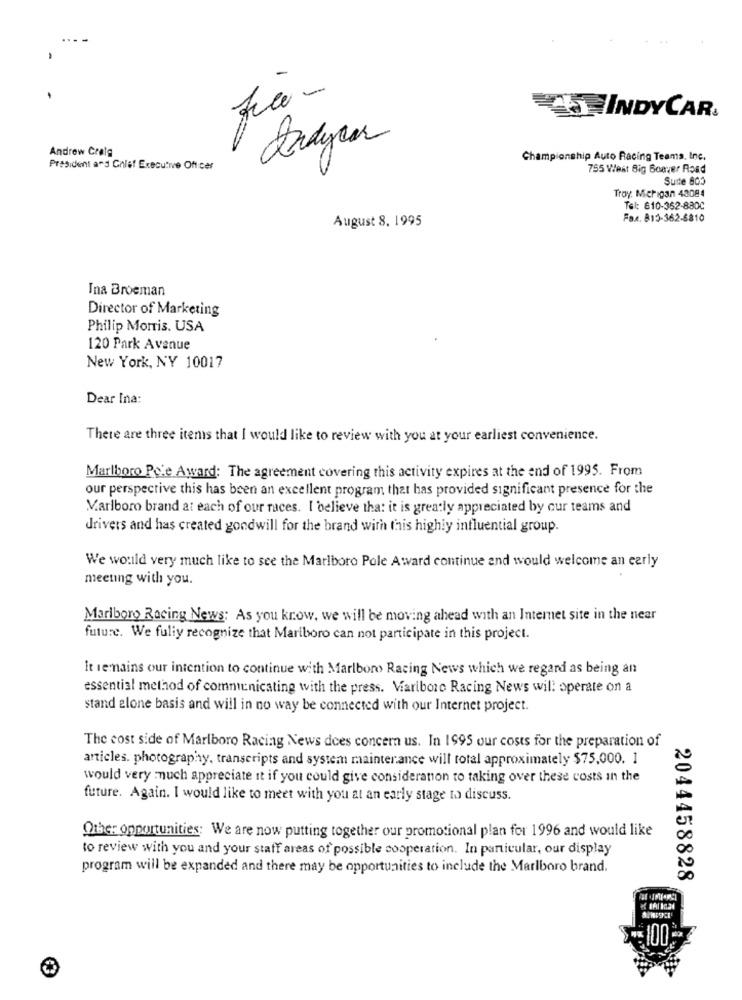
36
INDYCAR.
Dadycar
Andrew Craig
Championship Auto Racing Teams, Inc.
President and Chief Executive Officer
755 West Big Boaver Road
Suite 803
Troy, Michigan 43084
Tel: 810-362-8800
August 8, 1995
Fax. 815-362-6810
Ina Broeman
Director of Marketing
Philip Morris. USA
120 Park Avenue
New York, NY 10017
Dear Ina:
There are three items that I would like to review with you at your earliest convenience.
Marlboro Pole Award: The agreement covering this activity expires at the end of 1995. From
our perspective this has been an excellent program that has provided significant presence for the
Marlboro brand at each of our races. I believe that it is greatly appreciated by our teams and
drivers and has created goodwill for the brand with this highly influential group.
We would very much like to see the Marlboro Pole Award continue and would welcome an early
meeting with you.
Marlboro Racing News: As you know, we will be moving ahead with an Internet site in the near
future. We fully recognize that Marlboro can not participate in this project.
It remains our intention to continue with Marlboro Racing News which we regard as being an
essential method of communicating with the press. Viariboro Racing News will operate on a
stand alone basis and will in no way be connected with our Internet project.
The cost side of Marlboro Racing News dees concern us. In 1995 our costs for the preparation of
articles. photography, transcripts and system maintenance will total approximately $75,000. 1
would very much appreciate it if you could give consideranon to taking over these costs in the
future. Again. I would like to meet with you at an early stage to discuss.
Other opportunities: We are now putting together our promotional plan for 1996 and would like
to review with you and your staff areas of possible cooperation. In particular, our display
program will be expanded and there may be opportunities to include the Marlboro brand.
2044458828
100